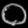
Digit: ၀